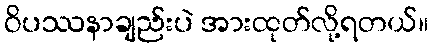
ဝိပဿနာချည်းပဲ အားထုတ်လို့ရတယ်။